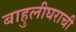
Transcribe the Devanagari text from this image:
बाहुलीघराची